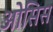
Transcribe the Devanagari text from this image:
ओसिस